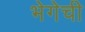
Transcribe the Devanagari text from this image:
भेगेची